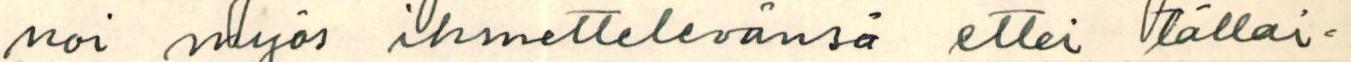
noi myös ihmettelevänsä ettei tällai=